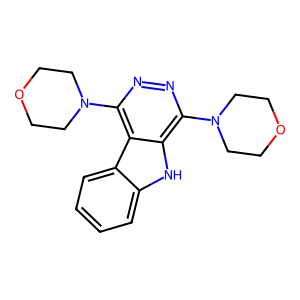
SMILES: c1ccc2c(c1)[nH]c1c(N3CCOCC3)nnc(N3CCOCC3)c12
Inhibits HIV replication: No